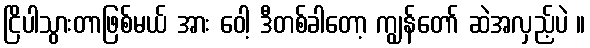
ငြိပါသွားတာဖြစ်မယ် အား ဝေါ့ ဒီတစ်ခါတော့ ကျွန်တော် ဆဲအလှည့်ပဲ ။